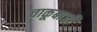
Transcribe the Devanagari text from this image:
चाकूबाजी